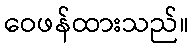
ဝေဖန်ထားသည်။